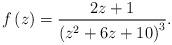
LaTeX: \begin{align*}f\left( z\right) =\frac{2z+1}{\left( z^{2}+6z+10\right) ^{3}}. \end{align*}